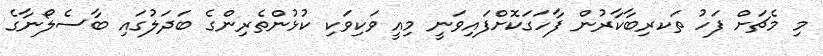
މި މެޗަށް ފަހު ތަކރިބާކާރުން ފާހަގަކޮށްފައިވަނީ މިއީ ވަކިވަކި ކުޅުންތެރިންގެ ބަދަލުގައި ބާސެލޯނާގެ